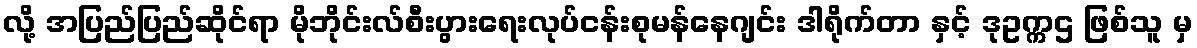
လို့ အပြည်ပြည်ဆိုင်ရာ မိုဘိုင်းလ်စီးပွားရေးလုပ်ငန်းစုမန်နေဂျင်း ဒါရိုက်တာ နှင့် ဒုဥက္ကဌ ဖြစ်သူ မှ